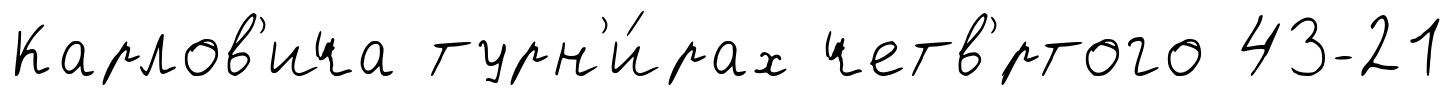
Карлов'ича турн'и́рах четв'́ртого 43-21